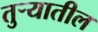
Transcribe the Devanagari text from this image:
तुर्‍यातील